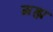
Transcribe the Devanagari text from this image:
ग्रह्य